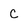
Character: C